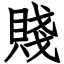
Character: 賤